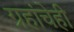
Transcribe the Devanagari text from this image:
ग्रहांचेही